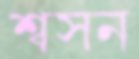
শ্বসন